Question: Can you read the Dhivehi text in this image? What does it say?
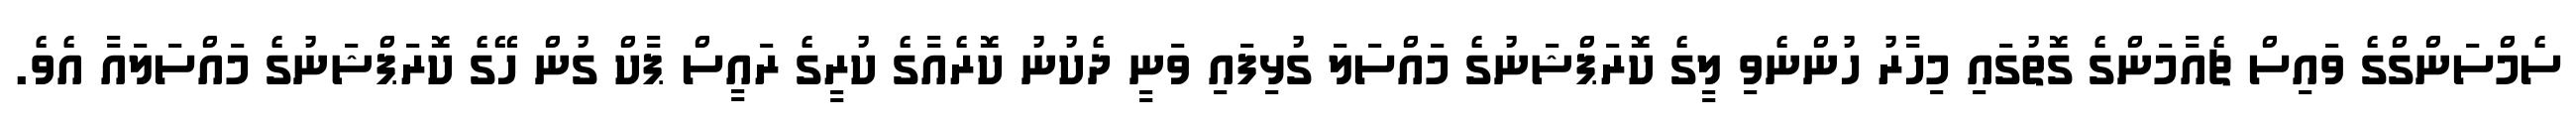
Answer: ސެމްސަންގްގެ ވައިސް ޗެއާމަންގެ ގޮތުގައި މިހާރު ހުންނެވި ލީގެ ކޮރަޕްޝަނުގެ މައްސަލަ ގުޅިފައި ވަނީ ދެކުނު ކޮރެއާގެ ކުރީގެ ރައީސް ޕާކް ގުން ހޭގެ ކޮރަޕްޝަނުގެ މައްސަލައާ އެވެ.